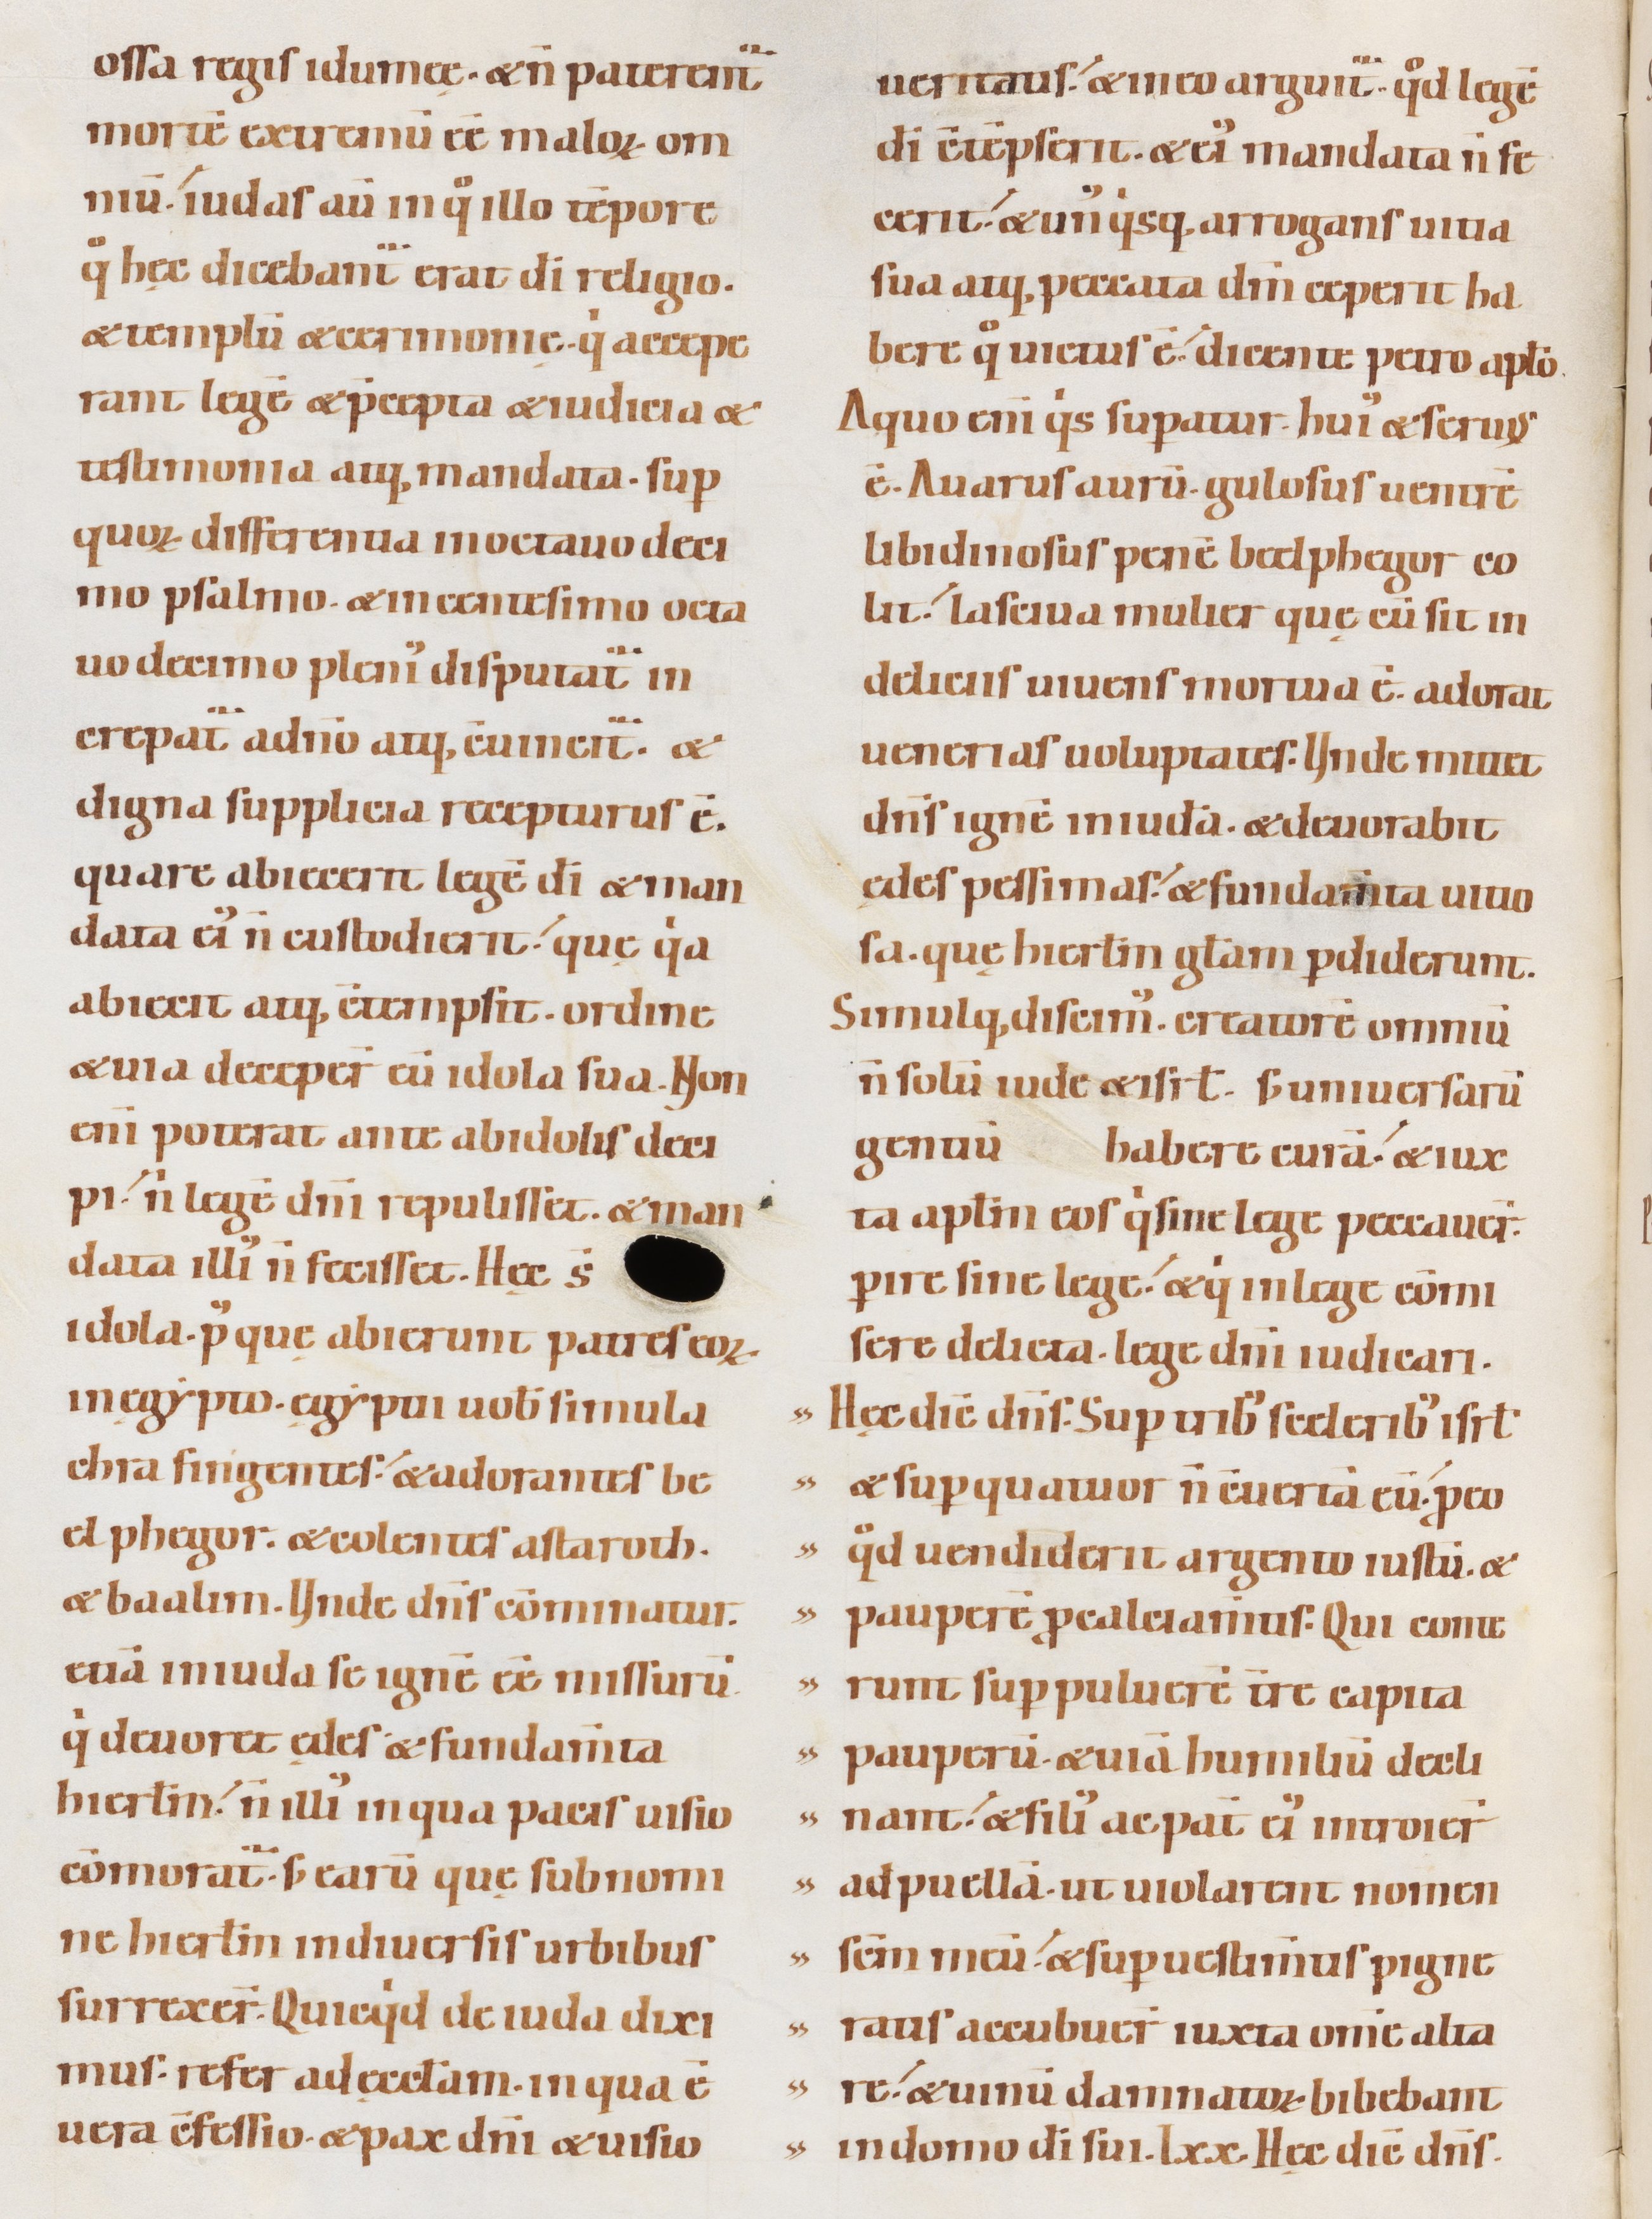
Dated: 1100–1130